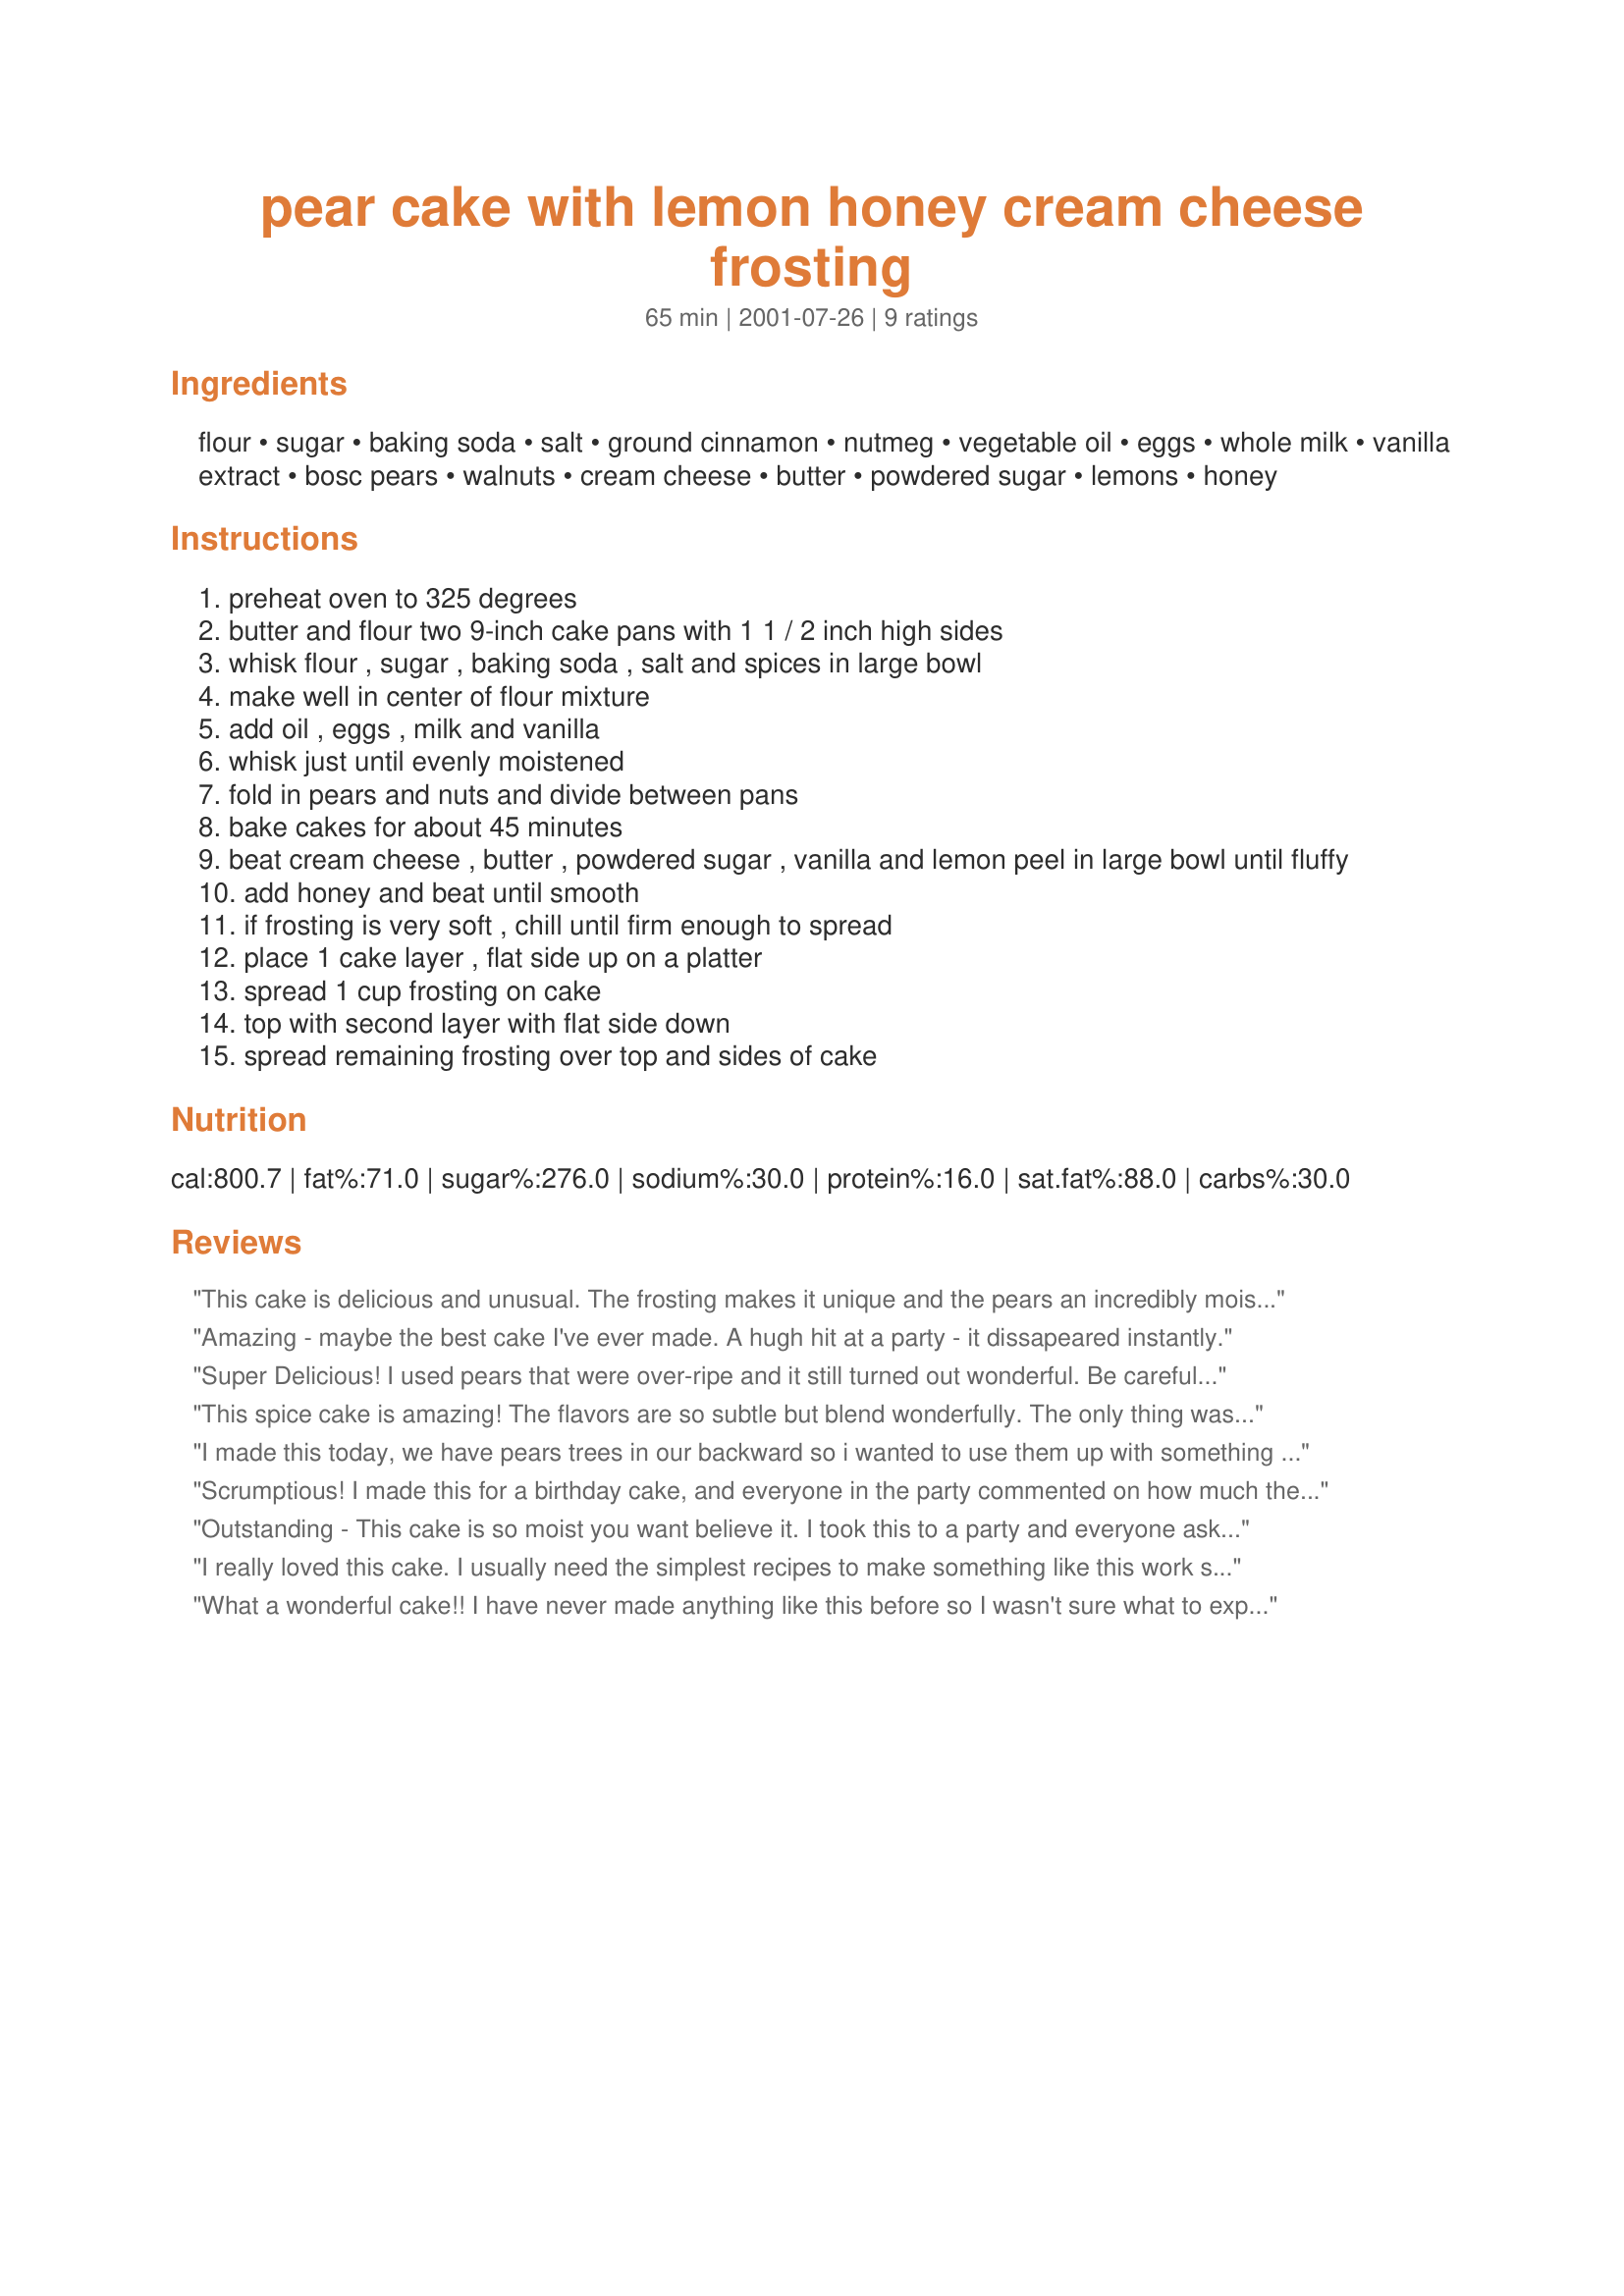
pear cake with lemon honey cream cheese frosting
Preparation time: 65 minutes

Ingredients:
flour, sugar, baking soda, salt, ground cinnamon, nutmeg, vegetable oil, eggs, whole milk, vanilla extract, bosc pears, walnuts, cream cheese, butter, powdered sugar, lemons, honey

Steps:
preheat oven to 325 degrees
butter and flour two 9-inch cake pans with 1 1 / 2 inch high sides
whisk flour , sugar , baking soda , salt and spices in large bowl
make well in center of flour mixture
add oil , eggs , milk and vanilla
whisk just until evenly moistened
fold in pears and nuts and divide between pans
bake cakes for about 45 minutes
beat cream cheese , butter , powdered sugar , vanilla and lemon peel in large bowl until fluffy
add honey and beat until smooth
if frosting is very soft , chill until firm enough to spread
place 1 cake layer , flat side up on a platter
spread 1 cup frosting on cake
top with second layer with flat side down
spread remaining frosting over top and sides of cake

Reviews:
This cake is delicious and unusual. The frosting makes it unique and the pears an incredibly moist spice cake. Thank you for the posting
Amazing - maybe the best cake I've ever made. A hugh hit at a party - it dissapeared instantly.
Super Delicious! I used pears that were over-ripe and it still turned out wonderful. Be careful...make sure you have enough people on hand to share this cake or you may just end up eating it all yourself!
This spice cake is amazing! The flavors are so subtle but blend wonderfully. The only thing was that my layers only took about 35 minutes, not the 45 suggested in the recipe. I am so glad I had friends to share this with, otherwise I could have eaten it all myself!
I made this today, we have pears trees in our backward so i wanted to use them up with something more then pear crumble. This cake didn't taste much like pears, but the subtle spice taste and super moist cake made up for everything. I did add some caramel pecans on top for decorations,as well as substitute pecans for walnuts in the cake. Also,i did only need 35 mins like the comment in the past sugguested. thanks for a wonderful recipe
Scrumptious! I made this for a birthday cake, and everyone in the party commented on how much they liked it. Non-cake eaters ate it right up. It's an unusual combination of flavors and textures, and it works beautifully. Easy to make, too!
Outstanding - This cake is so moist you want believe it. I took this to a party and everyone ask me what was in the icing. It is very different tasting, but very good! Try it, you'll like it.
I really loved this cake. I usually need the simplest recipes to make something like this work so I was impressed it turned out so well. Thanks for the recipe. It made for a nice birthday cake!
What a wonderful cake!! I have never made anything like this before so I wasn't sure what to expect, but boy I am so glad I tried this one! Wonderful flavors and textures -- you just have to try this one to believe it. Thanks so much for this great recipe!! Dianne
